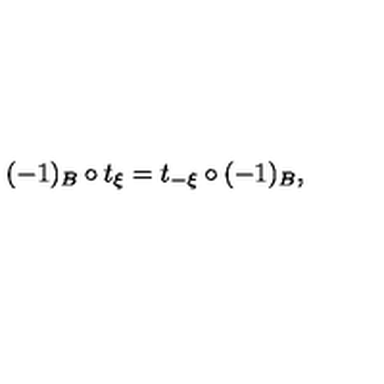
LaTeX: ( - 1 ) _ { B } \circ t _ { \xi } = t _ { - \xi } \circ ( - 1 ) _ { B } ,